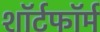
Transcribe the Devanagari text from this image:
शॉर्टफॉर्म